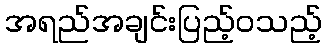
အရည်အချင်းပြည့်ဝသည့်